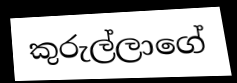
කුරුල්ලාගේ